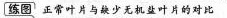
练图 正常叶片与缺少无机盐叶片的对比